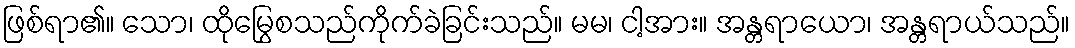
ဖြစ်ရာ၏။ သော၊ ထိုမြွေစသည်ကိုက်ခဲခြင်းသည်။ မမ၊ ငါ့အား။ အန္တရာယော၊ အန္တရာယ်သည်။